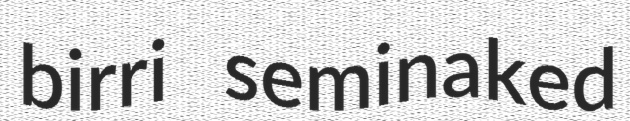
birri seminaked